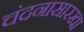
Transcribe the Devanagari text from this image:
चंदनासारखा